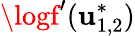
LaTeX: \logf^{\prime}(\mathbf{u}_{1,2}^{*})